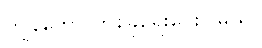
ကျွန်တော် တစ်ခုရေးပေးပါမယ်။